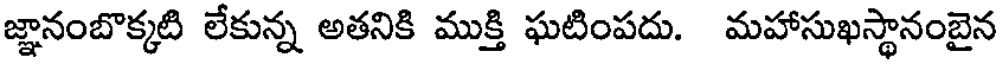
జ్ఞానంబొక్కటి లేకున్న అతనికి ముక్తి ఘటింపదు. మహాసుఖస్థానంబైన